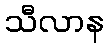
သီလာန